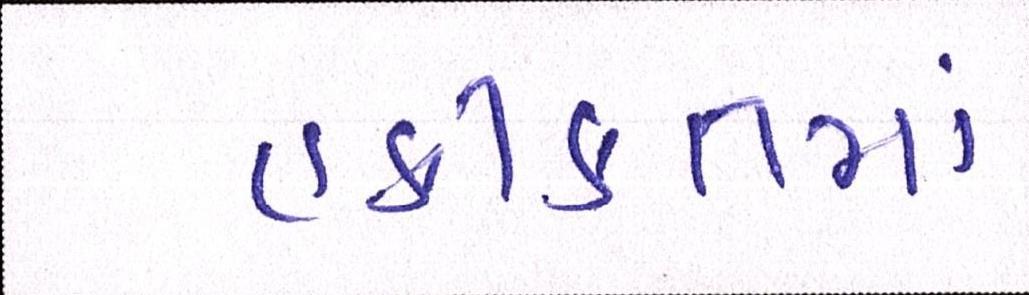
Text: હકીકતમાં